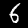
Digit: 6